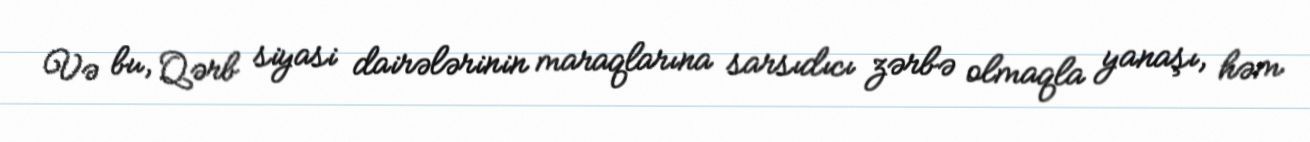
Və bu, Qərb siyasi dairələrinin maraqlarına sarsıdıcı zərbə olmaqla yanaşı, həm